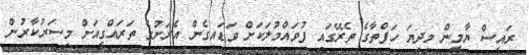
ރައީސް ޔާމީން މިދިޔަ ހަފްތާގެ ތެރޭގައި ފުވައްމުލަކަށް ވަޑައިގެން އެރަށުގެ ތަރައްގީއަށް މިސަރުކާރުން